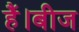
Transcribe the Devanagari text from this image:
हैं।बीज